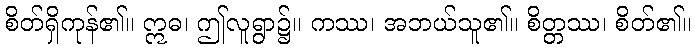
စိတ်ရှိကုန်၏။ ဣဓ၊ ဤလူရွာ၌။ ကဿ၊ အဘယ်သူ၏။ စိတ္တဿ၊ စိတ်၏။